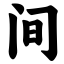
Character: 间